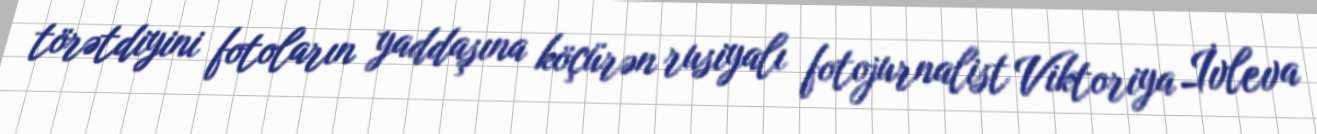
törətdiyini fotoların yaddaşına köçürən rusiyalı fotojurnalist Viktoriya İvleva